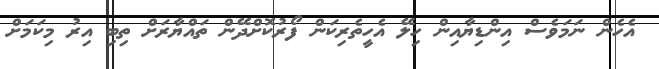
އެހެން ނަމަވެސް އިންޑިޔާއިން ހިލޭ އެހީތެރިކަން ފޯރުކޮށްދޭން ތައްޔާރަށް ތިބި އިރު މިކަމަށް